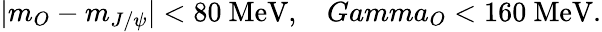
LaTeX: \vert m_{O}-m_{J/\psi}\vert<80\ \mathrm{MeV},\ \ \ \, Gamma_{O}<160\ \mathrm{MeV}.